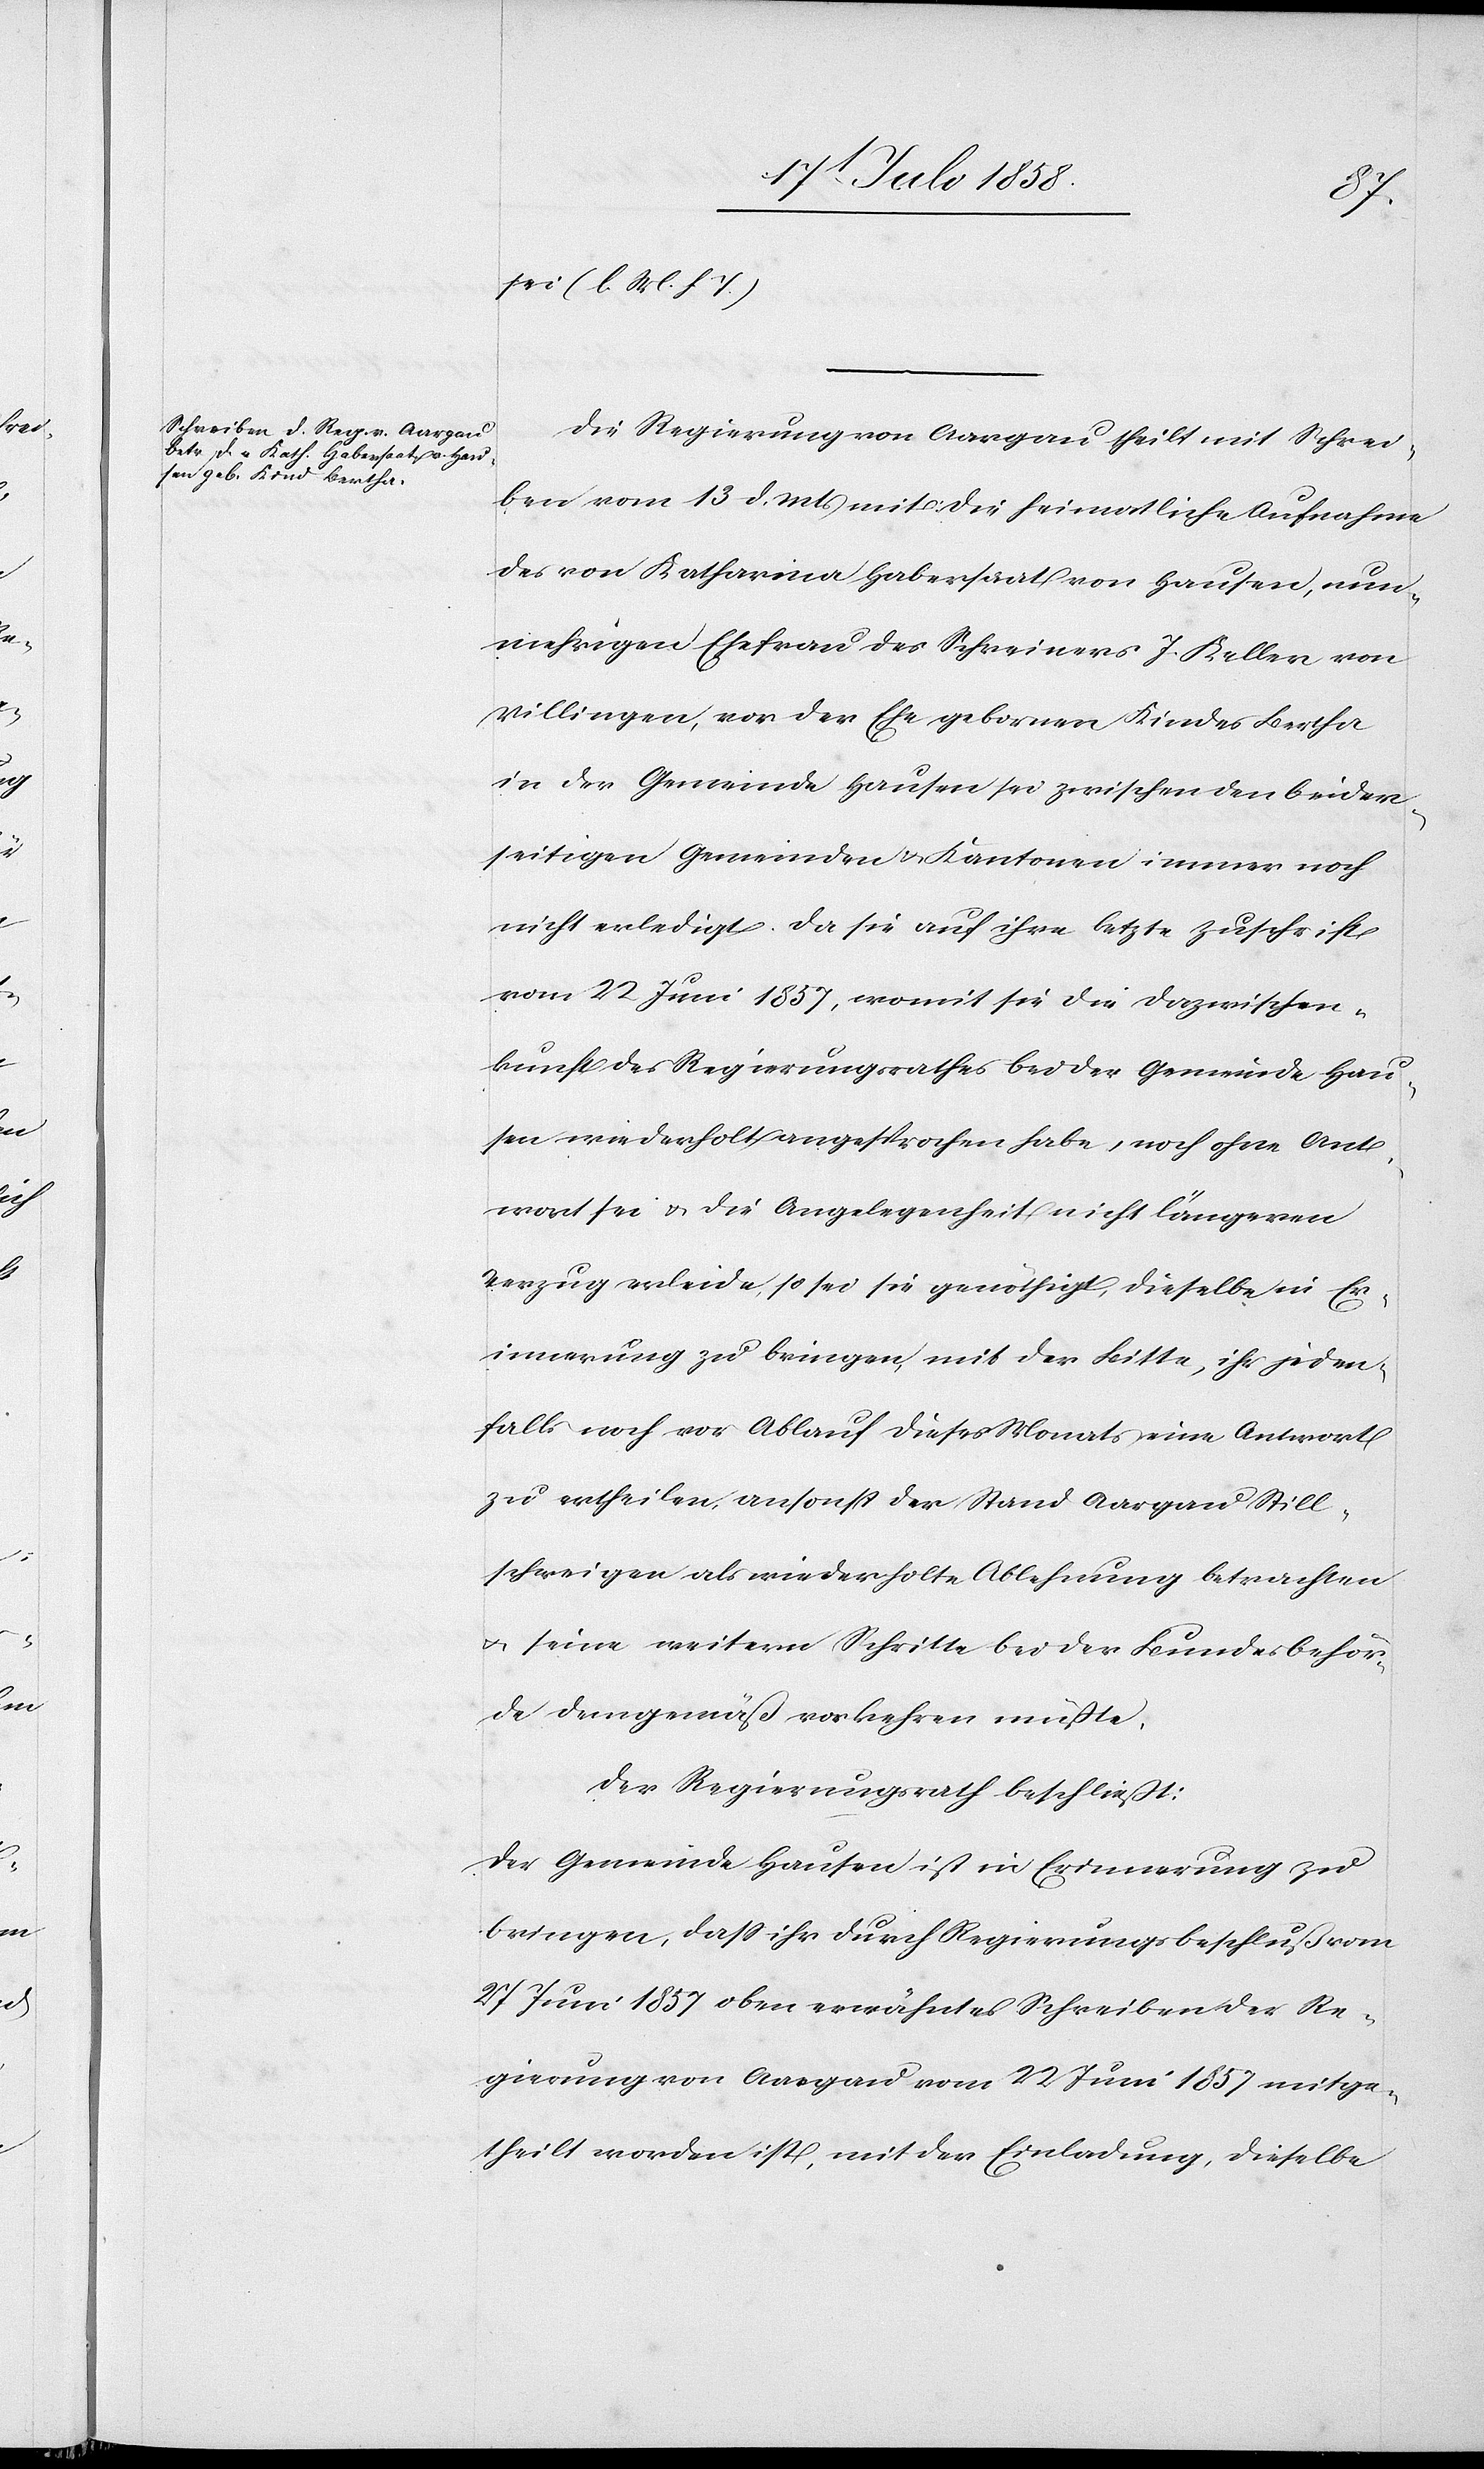
sei (l. M. h. T.)
Die Regierung von Aargau theilt mit Schrei¬
ben vom 13 d. Mts mit: Die heimatliche Aufnahme
des von Katharina Habersaat von Hausen, nunm¬
ehrigen Ehefrau des Schreiners J. Keller von
Villingen, vor der Ehe gebornen Kindes Bertha
in der Gemeinde Hausen sei zwischen den beider¬
seitigen Gemeinden & Kantonen immer noch
nicht erledigt. Da sie auf ihre letzte Zuschrift
vom 22 Juni 1857, womit sie die Dazwischen¬
kunft des Regierungsrathes bei der Gemeinde Hau¬
sen wiederholt angesprochen habe, noch ohne Ant¬
wort sei & die Angelegenheit nicht längeren
Verzug erleide, so sei sie genöthigt, dieselbe in Er¬
innerung zu bringen, mit der Bitte, ihr jeden¬
falls noch vor Ablauf dieses Monats eine Antwort
zu ertheilen, ansonst der Stand Aargau Still¬
schweigen als wiederholte Ablehnung betrachten
& seine weitern Schritte bei der Bundesbehör¬
de demgemäß vorkehren müßte.
Der Regierungsrath beschließt:
Der Gemeinde Hausen ist in Erinnerung zu
bringen, dass ihr durch Regierungsbeschluß vom
27 Juni 1857 oben erwähntes Schreiben der Re¬
gierung von Aargau vom 22 Juni 1857 mitge¬
theilt worden ist, mit der Einladung, dieselbe